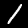
Label: 1